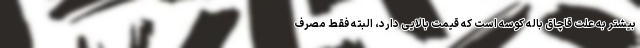
بیشتر به علت قاچاق باله کوسه است که قیمت بالایی دارد، البته فقط مصرف